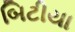
બિટીયા